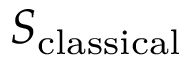
S _ { \mathrm { c l a s s i c a l } }